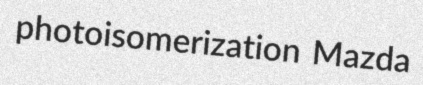
photoisomerization Mazda